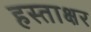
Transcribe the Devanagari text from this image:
हस्‍ताक्षर